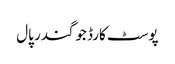
پوسٹ کارڈ جوگندر پال